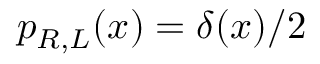
p _ { R , L } ( x ) = \delta ( x ) / 2